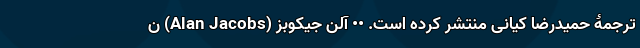
ترجمۀ حمیدرضا کیانی منتشر کرده است. •• آلن جیکوبز (Alan Jacobs) ن